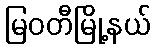
မြဝတီမြို့နယ်